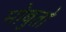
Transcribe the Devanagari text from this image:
मोबुतो